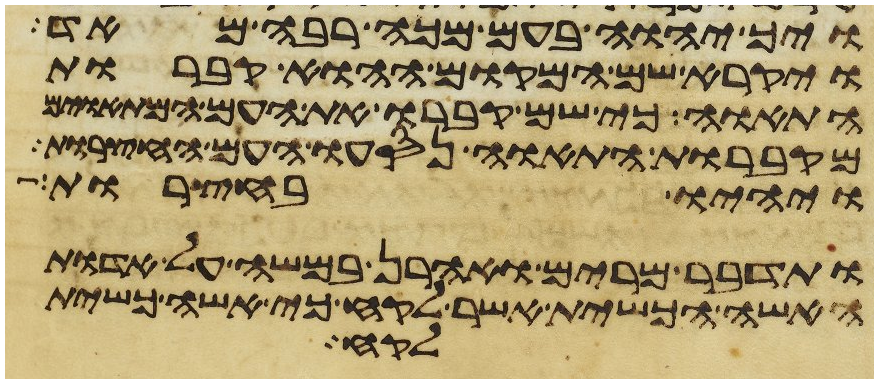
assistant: ויך יהוה בעם מכה רבה מאד
ויקרא שם המקום ההוא קברות
התאוה כי שם קברו את העם המתאוים
מקברות התאוה נסעו העם החצרות
ויהיו בחצרות
ותדבר מרים ואהרן במשה על אדות
האשה הכשית אשר לקח כי אשה כשית
לקח